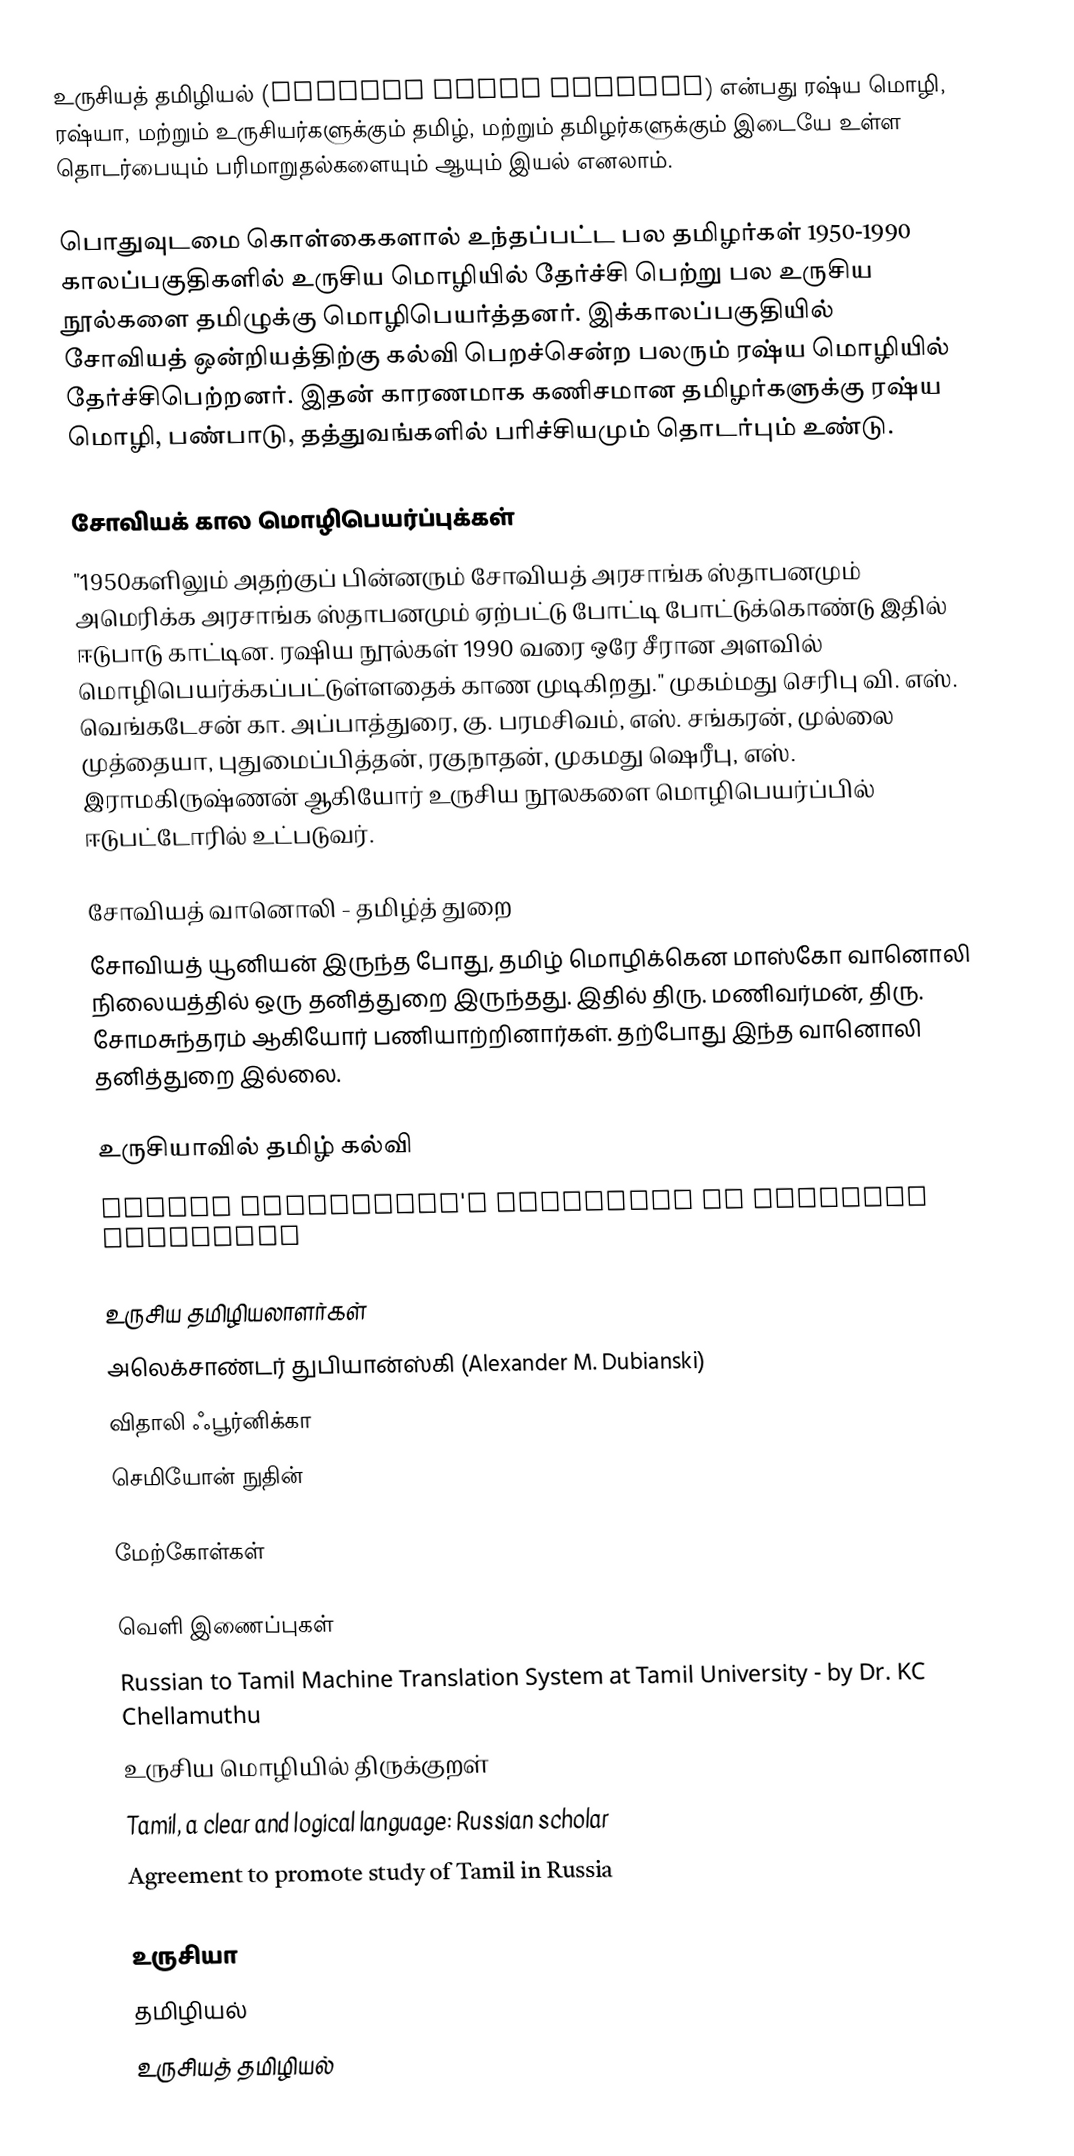
உருசியத் தமிழியல் (Russian Tamil Studies) என்பது ரஷ்ய மொழி, ரஷ்யா, மற்றும் உருசியர்களுக்கும் தமிழ், மற்றும் தமிழர்களுக்கும் இடையே உள்ள தொடர்பையும் பரிமாறுதல்களையும் ஆயும் இயல் எனலாம்.

பொதுவுடமை கொள்கைகளால் உந்தப்பட்ட பல தமிழர்கள் 1950-1990 காலப்பகுதிகளில் உருசிய மொழியில் தேர்ச்சி பெற்று பல உருசிய நூல்களை தமிழுக்கு மொழிபெயர்த்தனர். இக்காலப்பகுதியில் சோவியத் ஒன்றியத்திற்கு கல்வி பெறச்சென்ற பலரும் ரஷ்ய மொழியில் தேர்ச்சிபெற்றனர். இதன் காரணமாக கணிசமான தமிழர்களுக்கு ரஷ்ய மொழி, பண்பாடு, தத்துவங்களில் பரிச்சியமும் தொடர்பும் உண்டு.

சோவியக் கால மொழிபெயர்ப்புக்கள்
"1950களிலும் அதற்குப் பின்னரும் சோவியத் அரசாங்க ஸ்தாபனமும் அமெரிக்க அரசாங்க ஸ்தாபனமும் ஏற்பட்டு போட்டி போட்டுக்கொண்டு இதில் ஈடுபாடு காட்டின.  ரஷிய நூல்கள் 1990 வரை ஒரே சீரான அளவில் மொழிபெயர்க்கப்பட்டுள்ளதைக் காண முடிகிறது."  முகம்மது செரிபு வி. எஸ். வெங்கடேசன் கா. அப்பாத்துரை, கு. பரமசிவம், எஸ். சங்கரன், முல்லை முத்தையா, புதுமைப்பித்தன், ரகுநாதன், முகமது ஷெரீபு, எஸ். இராமகிருஷ்ணன் ஆகியோர் உருசிய நூலகளை மொழிபெயர்ப்பில் ஈடுபட்டோரில் உட்படுவர்.

சோவியத் வானொலி - தமிழ்த் துறை
சோவியத் யூனியன் இருந்த போது, தமிழ் மொழிக்கென மாஸ்கோ வானொலி நிலையத்தில் ஒரு தனித்துறை இருந்தது. இதில் திரு. மணிவர்மன், திரு. சோமசுந்தரம் ஆகியோர் பணியாற்றினார்கள். தற்போது இந்த வானொலி தனித்துறை இல்லை.

உருசியாவில் தமிழ் கல்வி
 Moscow University's Institute of Oriental Languages

உருசிய தமிழியலாளர்கள்
 அலெக்சாண்டர் துபியான்ஸ்கி (Alexander M. Dubianski)
 விதாலி ஃபூர்னிக்கா
 செமியோன் நுதின்

மேற்கோள்கள்

வெளி இணைப்புகள்
 Russian to Tamil Machine Translation System at Tamil University -  by Dr. KC Chellamuthu
 உருசிய மொழியில் திருக்குறள்
 Tamil, a clear and logical language: Russian scholar
 Agreement to promote study of Tamil in Russia

உருசியா
தமிழியல்
உருசியத் தமிழியல்